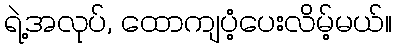
ရဲ့အလုပ်, ထောကျပံ့ပေးလိမ့်မယ်။